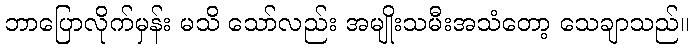
ဘာပြောလိုက်မှန်း မသိ သော်လည်း အမျိုးသမီးအသံတော့ သေချာသည်။